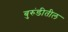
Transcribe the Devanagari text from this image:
बुरुंडीतील